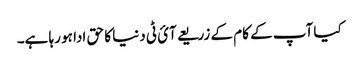
کیا آپ کے کام کے زریعے آئ ٹی دنیا کا حق ادا ہو رہا ہے۔